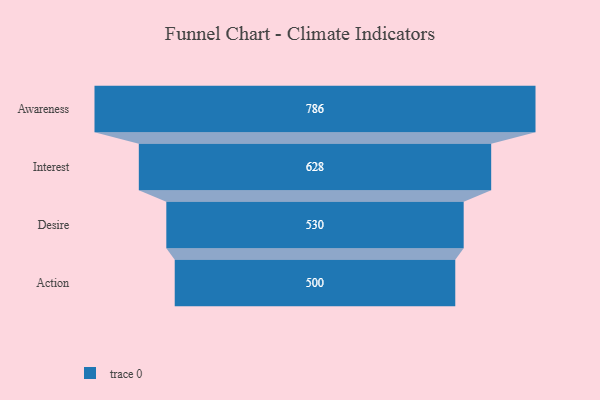
{"axis": {"x": "Stage", "y": "Value"}, "legend": [""], "data": [{"x": "Awareness", "y": 786.0, "type": ""}, {"x": "Interest", "y": 628.0, "type": ""}, {"x": "Desire", "y": 530.0, "type": ""}, {"x": "Action", "y": 500, "type": ""}]}